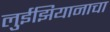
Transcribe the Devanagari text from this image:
लुईझियानाचा